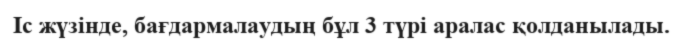
Іс жүзінде, бағдармалаудың бұл 3 түрі аралас қолданылады.